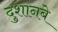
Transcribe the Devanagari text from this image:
दुशानबे